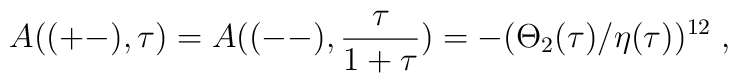
A((+-),\tau) = A((--),\frac{\tau}{1+\tau}) = -(\Theta_2 (\tau)/ \eta(\tau))^{12}\;,